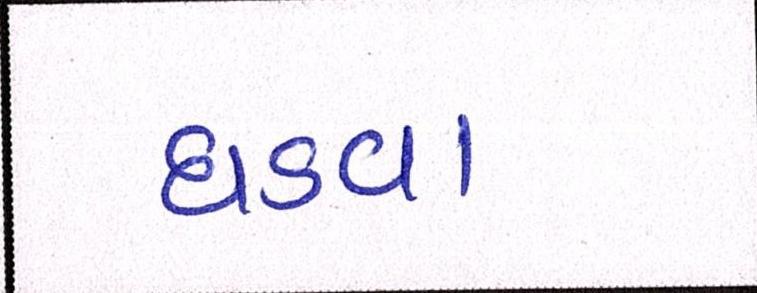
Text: ઘડવા